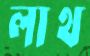
লাথ